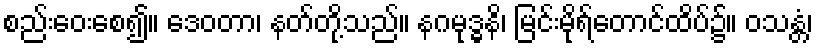
စည်းဝေးစေ၍။ ဒေဝတာ၊ နတ်တို့သည်။ နဂမုဒ္ဓနိ၊ မြင်းမိုရ်တောင်ထိပ်၌။ ဝသန္တံ၊